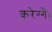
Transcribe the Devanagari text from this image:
करेग्गे।